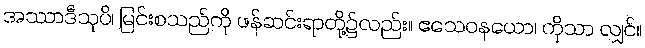
အဿာဒီသုပိ၊ မြင်းစသည်ကို ဖန်ဆင်းရာတို့၌လည်း။ ဧသေဝနယော၊ ကိုသာ လျှင်။